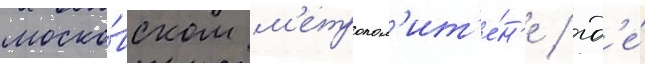
моско́вском м'етропол'ит'е́н'е / гд'е́